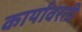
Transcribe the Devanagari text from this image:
कार्यावरती